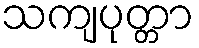
သကျပုတ္တာ